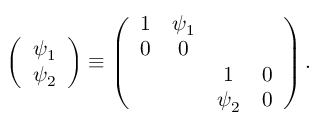
\left( \begin{array} { c } { { \psi _ { 1 } } } \\ { { \psi _ { 2 } } } \end{array} \right) \equiv \left( \begin{array} { c c c c } { { 1 } } & { { \psi _ { 1 } } } & { { } } & { { } } \\ { { 0 } } & { { 0 } } & { { } } & { { } } \\ { { } } & { { } } & { { 1 } } & { { 0 } } \\ { { } } & { { } } & { { \psi _ { 2 } } } & { { 0 } } \end{array} \right) .